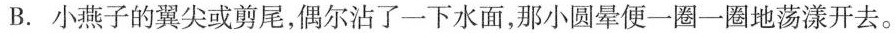
B.小燕子的翼尖或剪尾，偶尔沾了一下水面，那小圆晕便一圈一圈地荡漾开去。